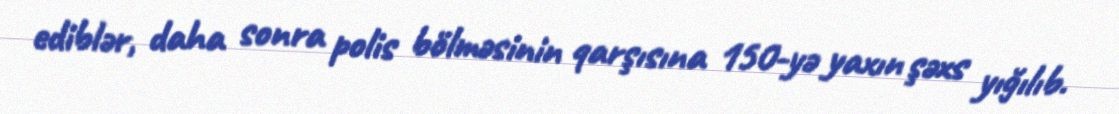
ediblər, daha sonra polis bölməsinin qarşısına 150-yə yaxın şəxs yığılıb.